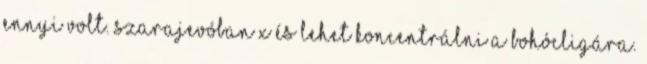
ennyi volt. Szarajevóban X és lehet koncentrálni a bohócligára.